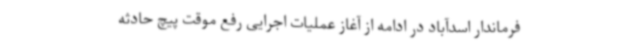
فرماندار اسدآباد در ادامه از آغاز عملیات اجرایی رفع موقت پیچ حادثه